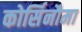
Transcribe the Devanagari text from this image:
कोर्सिनौमा